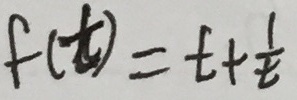
f ( t ) = t + \frac { 1 } { t }